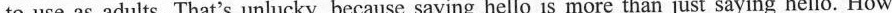
to use as adults. That's unlucky, because saying hello is more than just saying hello. How